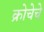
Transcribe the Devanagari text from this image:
क्रोचेचे